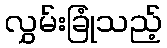
လွှမ်းခြုံသည့်